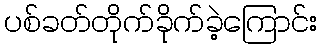
ပစ်ခတ်တိုက်ခိုက်ခဲ့ကြောင်း